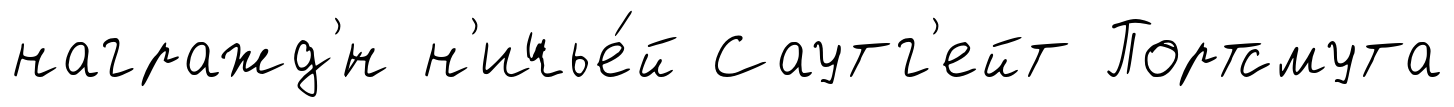
награжд'́н н'ичье́й Саутг'ейт Портсмута